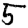
Digit: 5